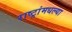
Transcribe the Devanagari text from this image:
राष्ट्रांमधल्या